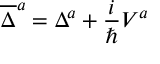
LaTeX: \overline { { { \Delta } } } ^ { a } = \Delta ^ { a } + \frac i \hbar V ^ { a }